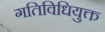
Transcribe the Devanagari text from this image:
गतिविधियुक्त